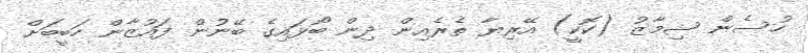
ހުސެން ޝިމާޒު (ކޮކީ) އޭރިޔާ ތެރެއިން ދިން ބޯޅައިގެ ބޭނުން ފައުޒާން ހަބީބަށް